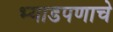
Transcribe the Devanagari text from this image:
भ्याडपणाचे